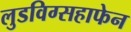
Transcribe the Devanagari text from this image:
लुडविग्सहाफेन